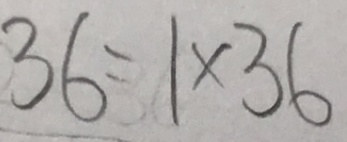
3 6 = 1 \times 3 6